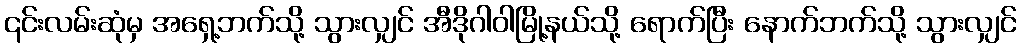
၎င်းလမ်းဆုံမှ အရှေ့ဘက်သို့ သွားလျှင် အီဒိုဂါဝါမြို့နယ်သို့ ရောက်ပြီး နောက်ဘက်သို့ သွားလျှင်